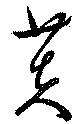
芙